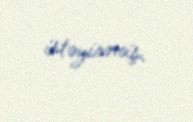
istəyirmiş.